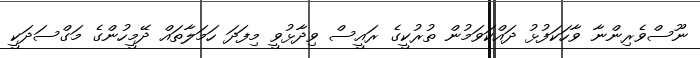
ނޫސްވެރިންނާ ވާހަކަފުޅު ދައްކަވަމުން ތުރުކީގެ ރައީސް ވިދާޅުވީ މިފަދަ ހަމަލާތައް ދޭމީހުންގެ މަގްސަދަކީ